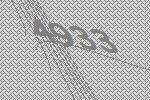
4933